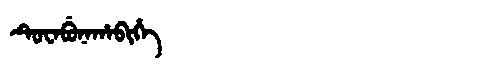
Manchu: ᡨᡠᠸᠠᠪᡠᠨᠠᡥᠠᠪᡳᡥᡝ
Romanization: TUWABUNAHABIHE